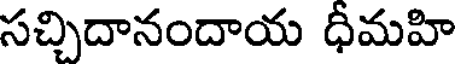
సచ్చిదానందాయ ధీమహి